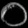
Digit: ၀